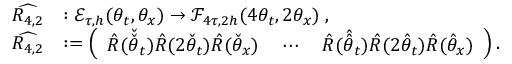
\begin{array} { r l } { \widehat { R _ { 4 , 2 } } } & { : \mathcal { E } _ { \tau , h } ( \theta _ { t } , \theta _ { x } ) \to \mathcal { F } _ { 4 \tau , 2 h } ( 4 \theta _ { t } , 2 \theta _ { x } ) \; , } \\ { \widehat { R _ { 4 , 2 } } } & { : = \left( \begin{array} { l l l } { \hat { R } ( \check { \check { \theta } } _ { t } ) \hat { R } ( 2 \check { \theta } _ { t } ) \hat { R } ( \check { \theta } _ { x } ) } & { \: \cdots \: } & { \hat { R } ( \hat { \hat { \theta } } _ { t } ) \hat { R } ( 2 \hat { \theta } _ { t } ) \hat { R } ( \hat { \theta } _ { x } ) } \end{array} \right) . } \end{array}